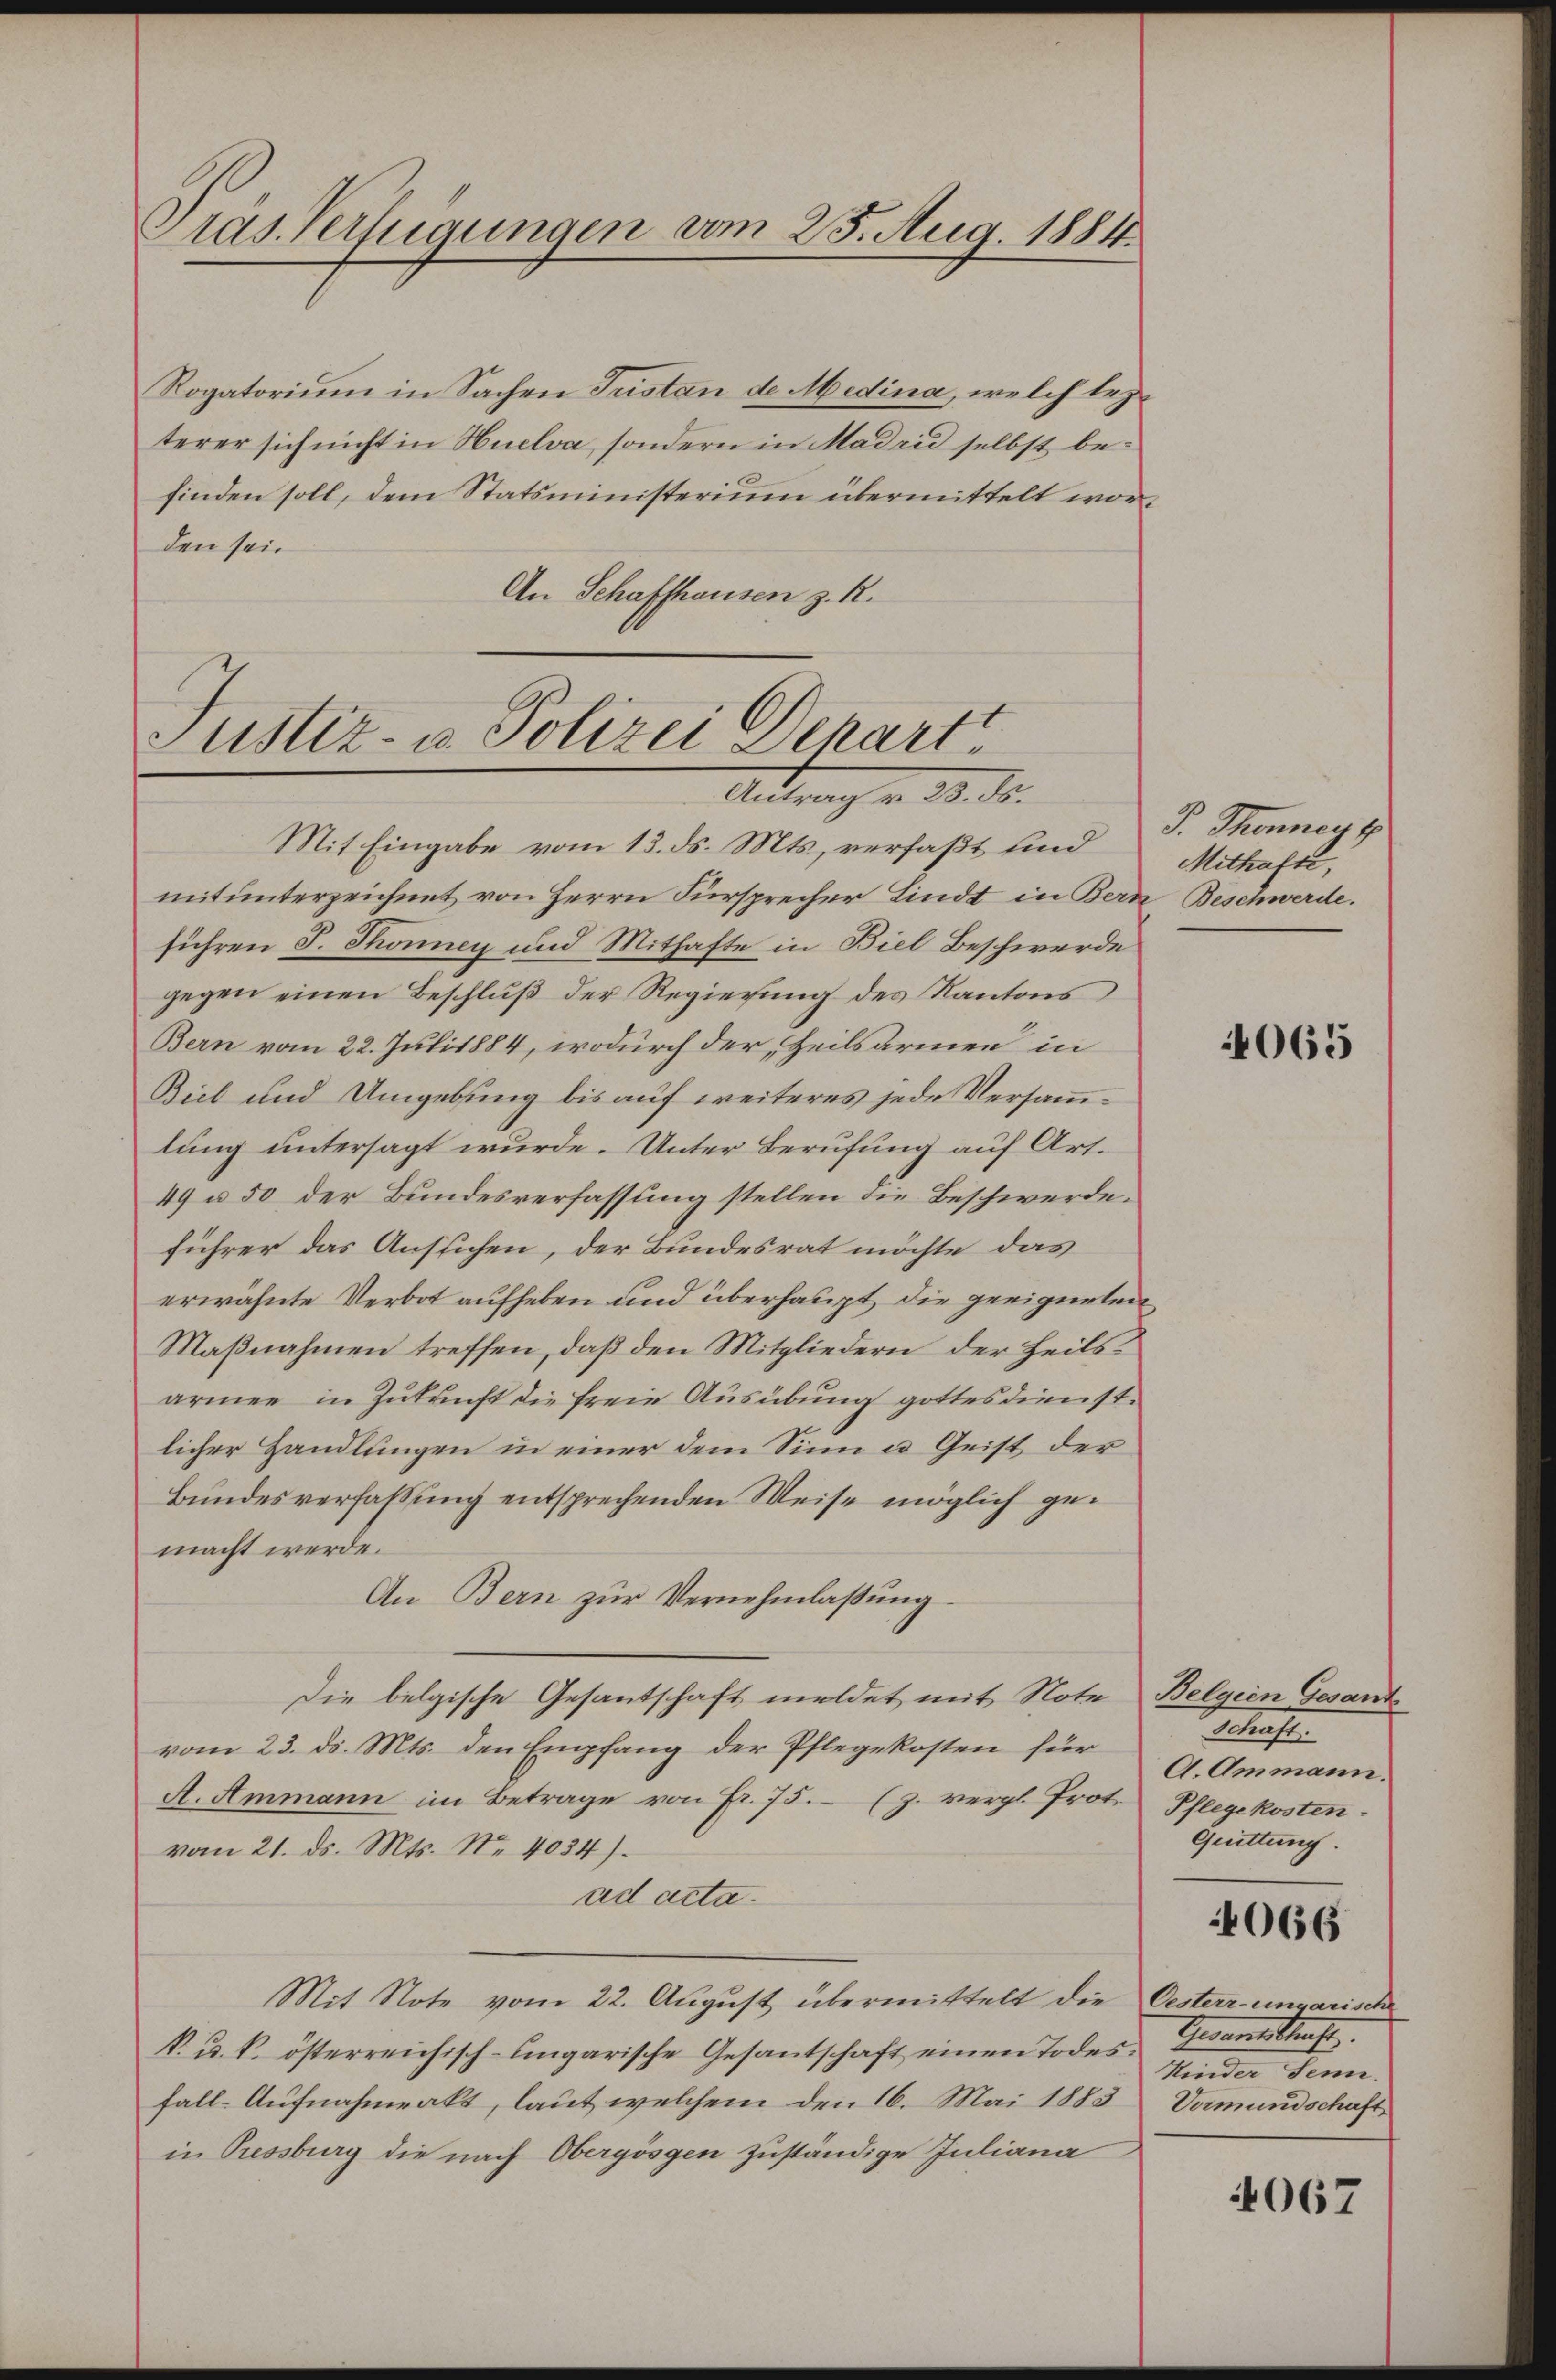
Präs. Verfügungen vom 25. Aug. 1881.

Rogatorium in Sachen Justan de Medina, welch lezterer sich nicht in Huelva, sondern in Madrid selbst befinden soll, dem Statsministerium übermittelt worden sein
An Schaffhausen z. R.

Justiz- u. Polizei Depart
Antrag u. 13. ds.

Mit Eingabe vom 13. ds. Mts., verfaßt und
mitunterzeichnet, von Herrn Fürsprecher Lindt in Bern Beschwerde.
führen S. Thonney und Mithafte in Biel Beschwerde
gegen einen Beschluß der Regierung des Kantons
Bern vom 22. Juli 1884, wodurch der Zeilsarmen in
Biel und Umgebung bis auf weiteres jede Versammlung untersagt wurde. Unter Berufung auf Art.
49 u. 50 der Bundesverfassung stellen die Beschwerde.
führer das Aussichen, der Bundesrat möchte das
erwähnte Verbot aufheben und überhaupt die geeigneten
Maßnahmen treffen, daß den Mitgliedern der Heilsarmee in Zukunft die freie Ausübung gottesdienstlicher Handlungen in einer dem Sinn u. Geist der
Bundesverfassung entsprechenden Weise möglich gemacht werde.
An Bern zŭr Vernehmlaβŭng
Die belgische Gesantschaft meldet mit Note Belgien Gesant
vom 23. d. Mts. den Empfang der Pflegekosten für
A. Ammann im Betrage von Fr. 75. (z. vergl. Prot. Pflegekosten
vom 21. ds. Mts. No 4034).
ad acta.
Mit Note vom 22. August übermittelt die Oesterr-ungarische
k. u. k. österreichisch-ungarische Gesantschaft einen Todesfall-Aufnahmeakt, laut welchem den 16. Mai 1883 Vormundschaft
in Pressburg die nach Obergösgen zuständige Juliana

J. Thonney g
Mithafte,

4065

getracht.
A. Ammann.
Quittung.

4066

Gerantistrafe.
Sonder denn

4067